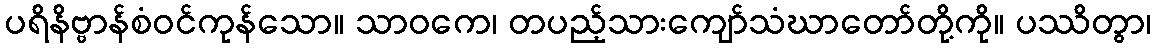
ပရိနိဗ္ဗာန်စံဝင်ကုန်သော။ သာဝကေ၊ တပည့်သားကျော်သံဃာတော်တို့ကို။ ပဿိတွာ၊